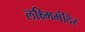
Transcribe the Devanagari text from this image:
लक्ष्मिमंदिर